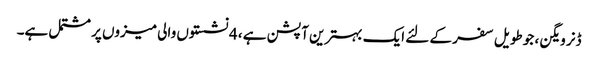
ڈنر ویگن ، جو طویل سفر کے لئے ایک بہترین آپشن ہے ، 4 نشستوں والی میزوں پر مشتمل ہے۔